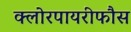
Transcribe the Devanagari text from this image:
क्लोरपायरीफौस